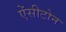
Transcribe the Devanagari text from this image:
ऐंसीटोन